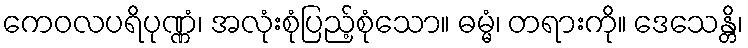
ကေဝလပရိပုဏ္ဏံ၊ အလုံးစုံပြည့်စုံသော။ ဓမ္မံ၊ တရားကို။ ဒေသေန္တိ၊